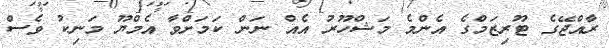
ރާއްޖޭގެ ޓޫރިޒަމްގެ އެންމެ މަޝްހޫރު އެއް ނަން ކަމަށްވާ އެމްޔޫ މަނިކު ވެސް